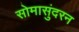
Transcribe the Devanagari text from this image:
सोमासुंदरन